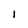
Character: 1